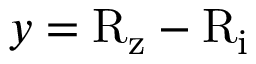
y = \mathrm { R _ { z } - R _ { i } }